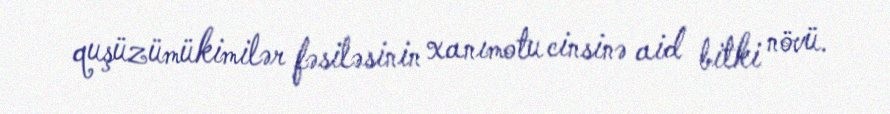
quşüzümükimilər fəsiləsinin xanımotu cinsinə aid bitki növü.